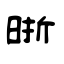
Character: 晣